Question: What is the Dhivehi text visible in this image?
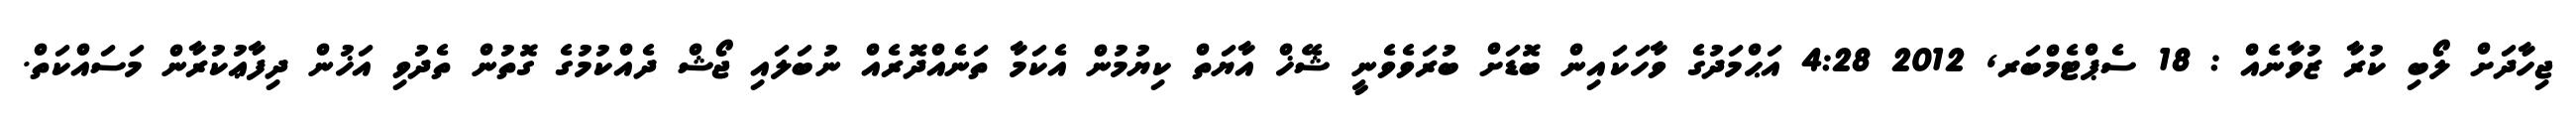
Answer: ޖިހާދަށް ލޯބި ކުރާ ޒުވާނެއް : 18 ސެޕްޓެމްބަރ, 2012 4:28 އަޙްމަދުގެ ވާހަކައިން ބޮޑަށް ބުރަވެވެނީ ޝޭޚް އާޔަތް ކިޔުމުން އެކަމާ ތަނެއްދޮރެއް ނުބަލައި ޖޯޝް ދެއްކުމުގެ ގޮތުން ތެދުވި އަޚުން ދިފާޢުކުރާން މަސައްކަތް.